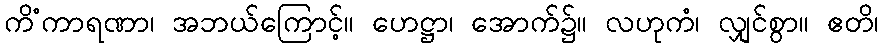
ကိံကာရဏာ၊ အဘယ်ကြောင့်။ ဟေဋ္ဌာ၊ အောက်၌။ လဟုကံ၊ လျှင်စွာ။ ဧတိ၊